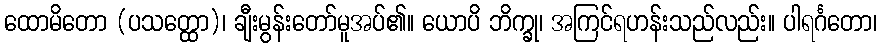
ထောမိတော (ပသတ္ထော)၊ ချီးမွန်းတော်မူအပ်၏။ ယောပိ ဘိက္ခု၊ အကြင်ရဟန်းသည်လည်း။ ပါရင်္ဂတော၊